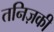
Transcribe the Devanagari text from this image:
तनिज़की